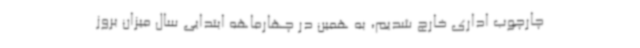
چارچوب اداری خارج شدیم، به همین در چهارماهه ابتدایی سال میزان بروز